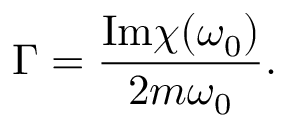
\Gamma = \frac { \mathrm { I m } \chi ( \omega _ { 0 } ) } { 2 m \omega _ { 0 } } .